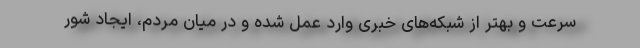
سرعت و بهتر از شبکه‌های خبری وارد عمل شده و در میان مردم، ایجاد شور